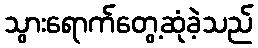
သွားရောက်တွေ့ဆုံခဲ့သည်